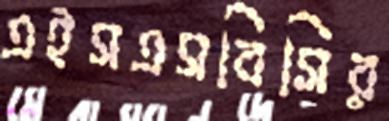
এইসএসবিসির